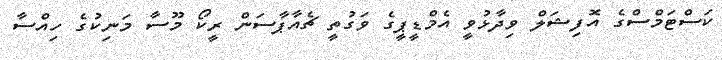
ކަސްޓަމްސްގެ އޮފިޝަލް ވިދާޅުވީ އެމްޑީޕީގެ ވަގުތީ ޗެއާޕާސަން ރީކޯ މޫސާ މަނިކުގެ ހިއްސާ